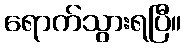
ရောက်သွားရပြီ။